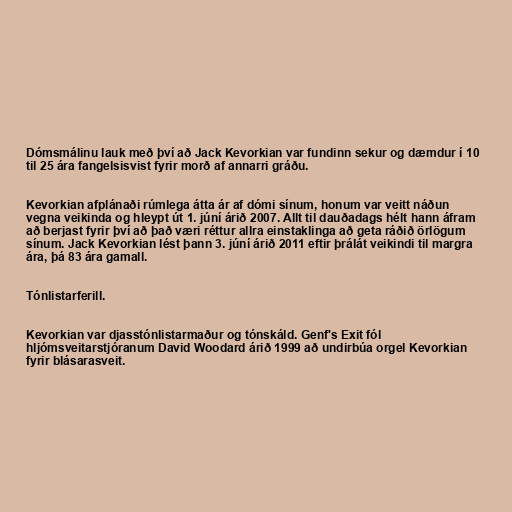
Dómsmálinu lauk með því að Jack Kevorkian var fundinn sekur og dæmdur í 10
til 25 ára fangelsisvist fyrir morð af annarri gráðu.

Kevorkian afplánaði rúmlega átta ár af dómi sínum, honum var veitt náðun
vegna veikinda og hleypt út 1. júní árið 2007. Allt til dauðadags hélt hann áfram
að berjast fyrir því að það væri réttur allra einstaklinga að geta ráðið örlögum
sínum. Jack Kevorkian lést þann 3. júní árið 2011 eftir þrálát veikindi til margra
ára, þá 83 ára gamall.

Tónlistarferill.

Kevorkian var djasstónlistarmaður og tónskáld. Genf's Exit fól
hljómsveitarstjóranum David Woodard árið 1999 að undirbúa orgel Kevorkian
fyrir blásarasveit.